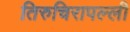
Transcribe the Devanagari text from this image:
तिरुचिरापल्‍ली